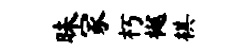
昧冢朽樾棋